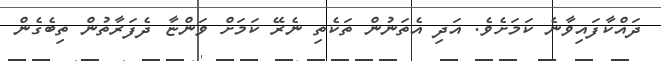
ދައްކާފައިވާނެ ކަމަށެވެ. އަދި އެތަނުން ތަކެތި ނެރޭ ކަމަށް ވަންޏާ ދެފަރާތުން ތިބެގެން